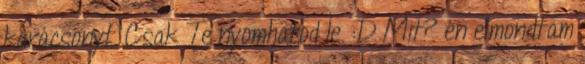
karácsonyt. Csak Te nyomhatod le. :D Mit? én elmondtam